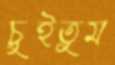
চুইতুম